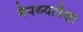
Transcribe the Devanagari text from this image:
नेपथ्यापेक्षा